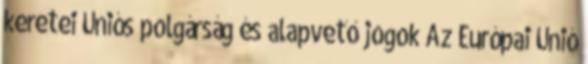
keretei Uniós polgárság és alapvető jogok Az Európai Unió